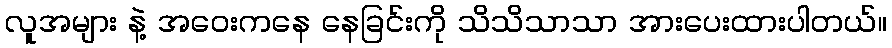
လူအများ နဲ့ အဝေးကနေ နေခြင်းကို သိသိသာသာ အားပေးထားပါတယ်။